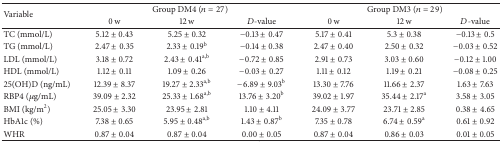
| <ROWSPAN=2> Variable | <COLSPAN=3> Group DM4 (n = 27) | <COLSPAN=3> Group DM3 (n = 29) |
 | 0 w | 12 w | D-value | 0 w | 12 w | D-value |
 | --- | --- | --- | --- | --- | --- | --- |
 | TC (mmol/L) | 5.12 ± 0.43 | 5.25 ± 0.32 | −0.13 ± 0.47 | 5.17 ± 0.41 | 5.3 ± 0.38 | −0.13 ± 0.5 |
 | TG (mmol/L) | 2.47 ± 0.35 | 2.33 ± 0.19b | −0.14 ± 0.38 | 2.47 ± 0.40 | 2.50 ± 0.32 | −0.03 ± 0.52 |
 | LDL (mmol/L) | 3.18 ± 0.72 | 2.43 ± 0.41a,b | −0.72 ± 0.85 | 2.91 ± 0.73 | 3.03 ± 0.60 | −0.12 ± 1.00 |
 | HDL (mmol/L) | 1.12 ± 0.11 | 1.09 ± 0.26 | −0.03 ± 0.27 | 1.11 ± 0.12 | 1.19 ± 0.21 | −0.08 ± 0.25 |
 | 25(OH)D (ng/mL) | 12.39 ± 8.37 | 19.27 ± 2.33a,b | −6.89 ± 9.03b | 13.30 ± 7.76 | 11.66 ± 2.37 | 1.63 ± 7.63 |
 | RBP4 (μg/mL) | 39.09 ± 2.32 | 25.33 ± 1.68a,b | 13.76 ± 3.20b | 39.02 ± 1.97 | 35.44 ± 2.17a | 3.58 ± 3.05 |
 | BMI (kg/m2) | 25.05 ± 3.30 | 23.95 ± 2.81 | 1.10 ± 4.11 | 24.09 ± 3.77 | 23.71 ± 2.85 | 0.38 ± 4.65 |
 | HbA1c (%) | 7.38 ± 0.65 | 5.95 ± 0.48a,b | 1.43 ± 0.87b | 7.35 ± 0.78 | 6.74 ± 0.59a | 0.61 ± 0.92 |
 | WHR | 0.87 ± 0.04 | 0.87 ± 0.04 | 0.00 ± 0.05 | 0.87 ± 0.04 | 0.86 ± 0.03 | 0.01 ± 0.05 |